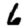
Digit: 6